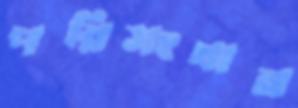
পরিসংখান